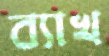
ব্যাখ